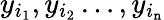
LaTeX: y_{i_{1}},y_{i_{2}}\ldots,y_{i_{\mathtt{n}}}